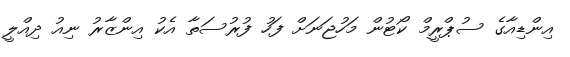
އިންޑިއާގެ ސުޕްރީމް ކޯޓުން މަހުޖަނަށް ފަހު ފުރުސަތާ އެކު އިންޒާރު ނިއު ދިއްލީ